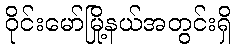
ဝိုင်းမော်မြို့နယ်အတွင်းရှိ